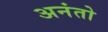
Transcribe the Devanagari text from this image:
अनंतो